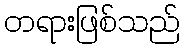
တရားဖြစ်သည်